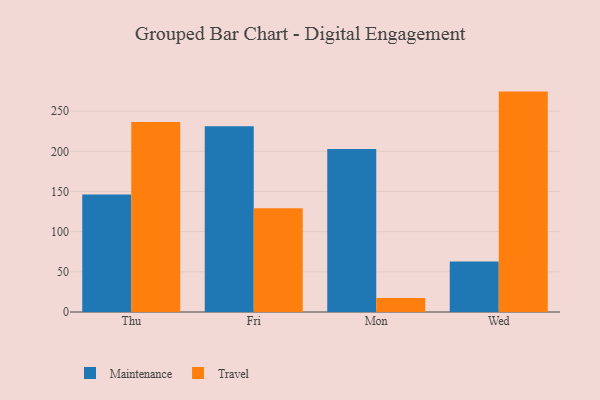
{"axis": {"x": "Day", "y": "Temperature (°C)"}, "legend": ["Maintenance", "Travel"], "data": [{"x": "Thu", "y": 146.2, "type": "Maintenance"}, {"x": "Thu", "y": 236.6, "type": "Travel"}, {"x": "Fri", "y": 231.3, "type": "Maintenance"}, {"x": "Fri", "y": 129.1, "type": "Travel"}, {"x": "Mon", "y": 203.0, "type": "Maintenance"}, {"x": "Mon", "y": 17.5, "type": "Travel"}, {"x": "Wed", "y": 62.9, "type": "Maintenance"}, {"x": "Wed", "y": 274.3, "type": "Travel"}]}